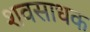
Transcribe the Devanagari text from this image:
शवसाधक